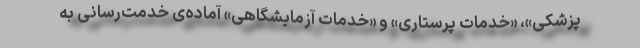
پزشکی»، «خدمات پرستاری» و «خدمات آزمایشگاهی» آماده‌ی خدمت‌رسانی به